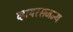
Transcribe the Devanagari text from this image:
व्हायरसजन्य